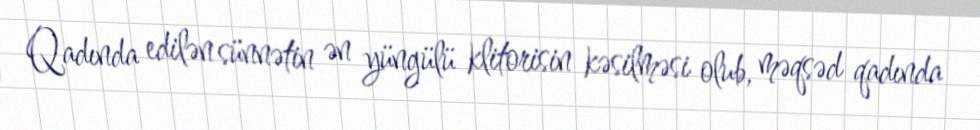
Qadında edilən sünnətin ən yüngülü klitorisin kəsilməsi olub, məqsəd qadında